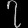
Digit: ၇